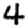
Digit: 4